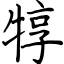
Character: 犉